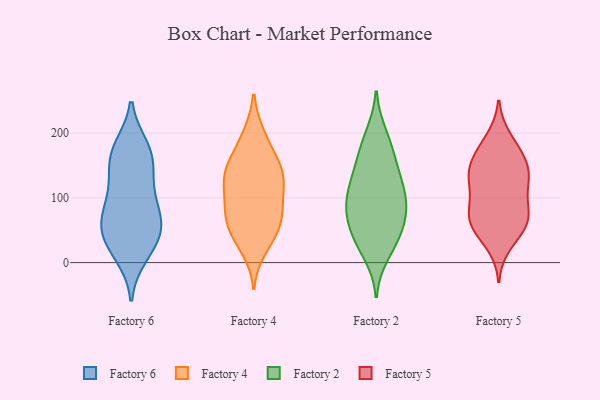
{"axis": {"x": "Budget (USD K)", "y": "Value"}, "legend": ["Factory 2", "Factory 4", "Factory 5", "Factory 6"], "data": [{"x": "", "y": 123, "type": "Factory 6"}, {"x": "", "y": 52, "type": "Factory 6"}, {"x": "", "y": 26, "type": "Factory 6"}, {"x": "", "y": 77, "type": "Factory 6"}, {"x": "", "y": 163, "type": "Factory 6"}, {"x": "", "y": 78, "type": "Factory 6"}, {"x": "", "y": 112, "type": "Factory 6"}, {"x": "", "y": 160, "type": "Factory 6"}, {"x": "", "y": 13, "type": "Factory 6"}, {"x": "", "y": 37, "type": "Factory 6"}, {"x": "", "y": 170, "type": "Factory 6"}, {"x": "", "y": 46, "type": "Factory 6"}, {"x": "", "y": 176, "type": "Factory 6"}, {"x": "", "y": 70, "type": "Factory 6"}, {"x": "", "y": 157, "type": "Factory 4"}, {"x": "", "y": 96, "type": "Factory 4"}, {"x": "", "y": 198, "type": "Factory 4"}, {"x": "", "y": 21, "type": "Factory 4"}, {"x": "", "y": 77, "type": "Factory 4"}, {"x": "", "y": 33, "type": "Factory 4"}, {"x": "", "y": 139, "type": "Factory 4"}, {"x": "", "y": 123, "type": "Factory 4"}, {"x": "", "y": 78, "type": "Factory 4"}, {"x": "", "y": 135, "type": "Factory 4"}, {"x": "", "y": 78, "type": "Factory 4"}, {"x": "", "y": 113, "type": "Factory 4"}, {"x": "", "y": 52, "type": "Factory 4"}, {"x": "", "y": 155, "type": "Factory 4"}, {"x": "", "y": 122, "type": "Factory 4"}, {"x": "", "y": 50, "type": "Factory 4"}, {"x": "", "y": 60, "type": "Factory 4"}, {"x": "", "y": 194, "type": "Factory 4"}, {"x": "", "y": 149, "type": "Factory 4"}, {"x": "", "y": 165, "type": "Factory 2"}, {"x": "", "y": 49, "type": "Factory 2"}, {"x": "", "y": 130, "type": "Factory 2"}, {"x": "", "y": 82, "type": "Factory 2"}, {"x": "", "y": 97, "type": "Factory 2"}, {"x": "", "y": 13, "type": "Factory 2"}, {"x": "", "y": 198, "type": "Factory 2"}, {"x": "", "y": 31, "type": "Factory 2"}, {"x": "", "y": 76, "type": "Factory 2"}, {"x": "", "y": 58, "type": "Factory 2"}, {"x": "", "y": 78, "type": "Factory 2"}, {"x": "", "y": 185, "type": "Factory 2"}, {"x": "", "y": 101, "type": "Factory 2"}, {"x": "", "y": 119, "type": "Factory 2"}, {"x": "", "y": 34, "type": "Factory 2"}, {"x": "", "y": 154, "type": "Factory 2"}, {"x": "", "y": 122, "type": "Factory 2"}, {"x": "", "y": 27, "type": "Factory 5"}, {"x": "", "y": 170, "type": "Factory 5"}, {"x": "", "y": 135, "type": "Factory 5"}, {"x": "", "y": 193, "type": "Factory 5"}, {"x": "", "y": 159, "type": "Factory 5"}, {"x": "", "y": 73, "type": "Factory 5"}, {"x": "", "y": 63, "type": "Factory 5"}, {"x": "", "y": 182, "type": "Factory 5"}, {"x": "", "y": 112, "type": "Factory 5"}, {"x": "", "y": 142, "type": "Factory 5"}, {"x": "", "y": 132, "type": "Factory 5"}, {"x": "", "y": 44, "type": "Factory 5"}, {"x": "", "y": 150, "type": "Factory 5"}, {"x": "", "y": 64, "type": "Factory 5"}, {"x": "", "y": 135, "type": "Factory 5"}, {"x": "", "y": 56, "type": "Factory 5"}, {"x": "", "y": 81, "type": "Factory 5"}, {"x": "", "y": 90, "type": "Factory 5"}, {"x": "", "y": 67, "type": "Factory 5"}, {"x": "", "y": 114, "type": "Factory 5"}]}